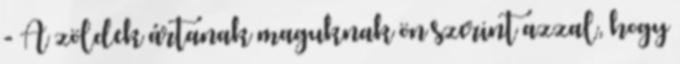
- A zöldek ártanak maguknak ön szerint azzal, hogy